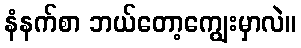
နံနက်စာ ဘယ်တော့ကျွေးမှာလဲ။